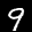
Label: 9